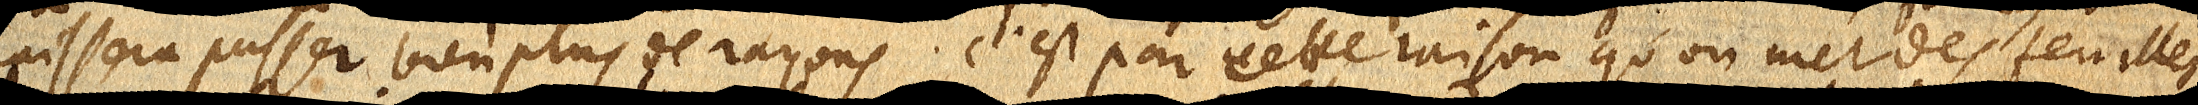
laissera passer bien plus de rayons. C’est par cette raison qu’on met des feuilles